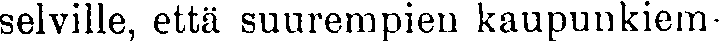
selville, että suurempien kaupunkiem-